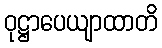
ဝုဋ္ဌာပေယျာထာတိ